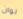
لوان